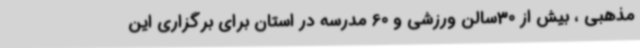
مذهبی ، بیش از 30سالن ورزشی و 60 مدرسه در استان برای برگزاری این